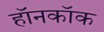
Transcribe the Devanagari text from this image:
हॉनकॉक